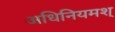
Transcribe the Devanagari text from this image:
अधिनियमश्